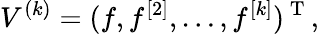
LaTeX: V^{(k)}=(f,f^{[2]},\dots,f^{[k]})^{\mathrm{~T~}},